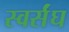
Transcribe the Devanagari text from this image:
स्वर्संघ